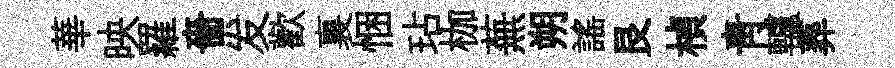
華映羅嗇发歡裏悃玷枷蕪朔謡艮楨青轤葬